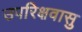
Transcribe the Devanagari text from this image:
उपरिक्षवासु